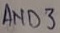
Text: AND3